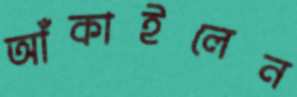
আঁকাইলেন